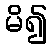
မိ၍